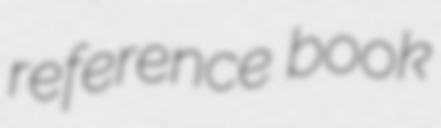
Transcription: reference book